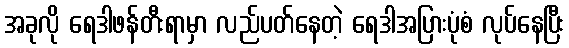
အခုလို ရေဒါဖန်တီးရာမှာ လည်ပတ်နေတဲ့ ရေဒါအပြားပုံစံ လုပ်နေပြီး